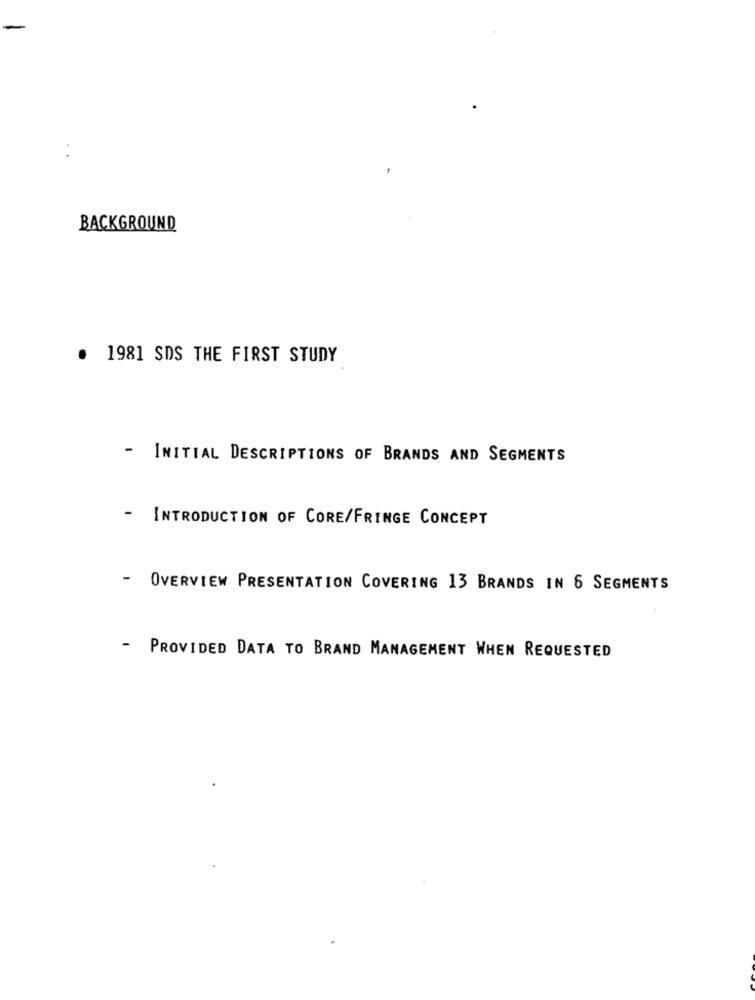
-
BACKGROUND
1981 SDS THE FIRST STUDY
- INITIAL DESCRIPTIONS OF BRANDS AND SEGMENTS
-
INTRODUCTION OF CORE/FRINGE CONCEPT
-
OVERVIEW PRESENTATION COVERING 13 BRANDS IN 6 SEGMENTS
- PROVIDED DATA TO BRAND MANAGEMENT WHEN REQUESTED